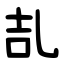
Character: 㐖